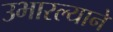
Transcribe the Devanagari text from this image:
उभारल्याने